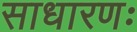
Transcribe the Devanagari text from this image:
साधारणः